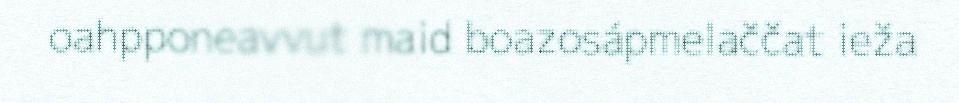
oahpponeavvut maid boazosápmelaččat ieža